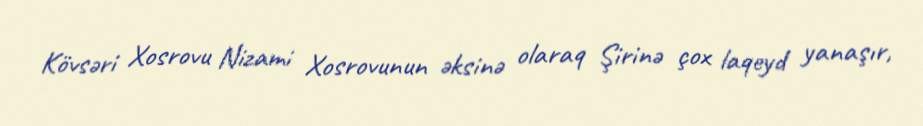
Kövsəri Xosrovu Nizami Xosrovunun əksinə olaraq Şirinə çox laqeyd yanaşır,